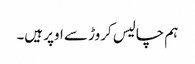
ہم چالیس کروڑ سے اوپر ہیں۔